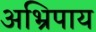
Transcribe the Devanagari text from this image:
अभ्रिपाय